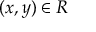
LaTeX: ( x , y ) \in R